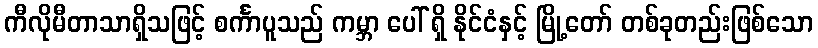
ကီလိုမီတာသာရှိသဖြင့် စင်္ကာပူသည် ကမ္ဘာ ပေါ် ရှိ နိုင်ငံနှင့် မြို့တော် တစ်ခုတည်းဖြစ်သော